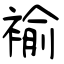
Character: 褕